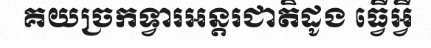
គយច្រកទ្វារអន្តរជាតិដូង ធ្វើអ្វី